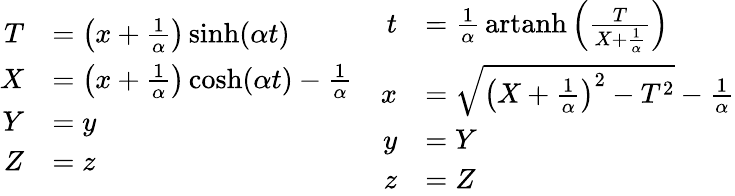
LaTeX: {\begin{array}{cc}{{\begin{array}{rl}{T}&{=\left(x+{\frac{1}{\alpha}}\right)\sinh(\alpha t)}\\ {X}&{=\left(x+{\frac{1}{\alpha}}\right)\cosh(\alpha t)-{\frac{1}{\alpha}}}\\ {Y}&{=y}\\ {Z}&{=z}\end{array}}}&{{\begin{array}{rl}{t}&{={\frac{1}{\alpha}}\operatorname{artanh}\left({\frac{T}{X+{\frac{1}{\alpha}}}}\right)}\\ {x}&{={\sqrt{\left(X+{\frac{1}{\alpha}}\right)^{2}-T^{2}}}-{\frac{1}{\alpha}}}\\ {y}&{=Y}\\ {z}&{=Z}\end{array}}}\end{array}}